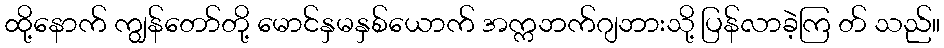
ထို့နောက် ကျွန်တော်တို့ မောင်နှမနှစ်ယောက် အက္ကဘက်ဂျဘားသို့ ပြန်လာခဲ့ကြ တ် သည်။